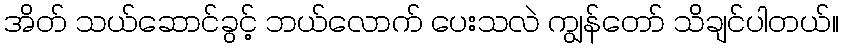
အိတ် သယ်ဆောင်ခွင့် ဘယ်လောက် ပေးသလဲ ကျွန်တော် သိချင်ပါတယ်။